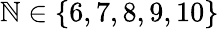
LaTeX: \mathbb{N}\in\{ 6,7,8,9,10\}